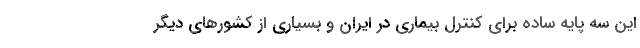
این سه پایه ساده برای کنترل بیماری در ایران و بسیاری از کشورهای دیگر